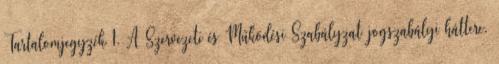
Tartalomjegyzék 1. A Szervezeti és Működési Szabályzat jogszabályi háttere.